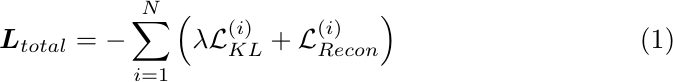
\begin{equation}
    \boldsymbol{L}_{total} = - \sum_{i = 1}^N \left( \lambda \mathcal{L}_{{KL}}^{(i)} + \mathcal{L}_{{Recon}}^{(i)}\right)
\label{eq:weighted_loss}
\end{equation}